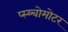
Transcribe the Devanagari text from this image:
प्स्य्चोमोटर